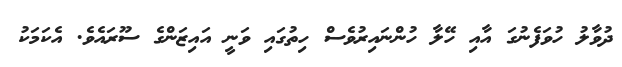
ދުވާލު ހުވަފެނުގަ އާއި ހޭލާ ހުންނައިރުވެސް ހިތުގައި ވަނީ އައިޒަންގެ ސޫރައެވެ. އެކަމަކު